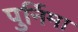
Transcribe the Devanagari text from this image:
पुर्निमा